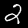
Digit: 2